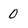
Character: 0